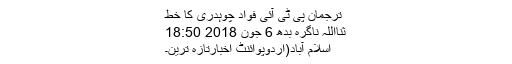
ترجمان پی ٹی آئی فواد چوہدری کا خط
ثنااللہ ناگرہ بدھ 6 جون 2018 18:50
اسلام آباد(اُردوپوائنٹ اخبارتازہ ترین۔